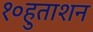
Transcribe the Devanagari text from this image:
१०हुताशन